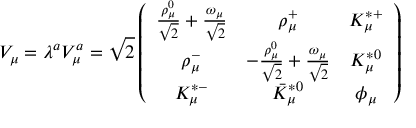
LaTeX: V _ { \mu } = \lambda ^ { a } V _ { \mu } ^ { a } = \sqrt { 2 } \left( \begin{array} { c c c } { { \frac { \rho _ { \mu } ^ { 0 } } { \sqrt { 2 } } + \frac { \omega _ { \mu } } { \sqrt { 2 } } } } & { { \rho _ { \mu } ^ { + } } } & { { K _ { \mu } ^ { * + } } } \\ { { \rho _ { \mu } ^ { - } } } & { { - \frac { \rho _ { \mu } ^ { 0 } } { \sqrt { 2 } } + \frac { \omega _ { \mu } } { \sqrt { 2 } } } } & { { K _ { \mu } ^ { * 0 } } } \\ { { K _ { \mu } ^ { * - } } } & { { \bar { K } _ { \mu } ^ { * 0 } } } & { { \phi _ { \mu } } } \end{array} \right)